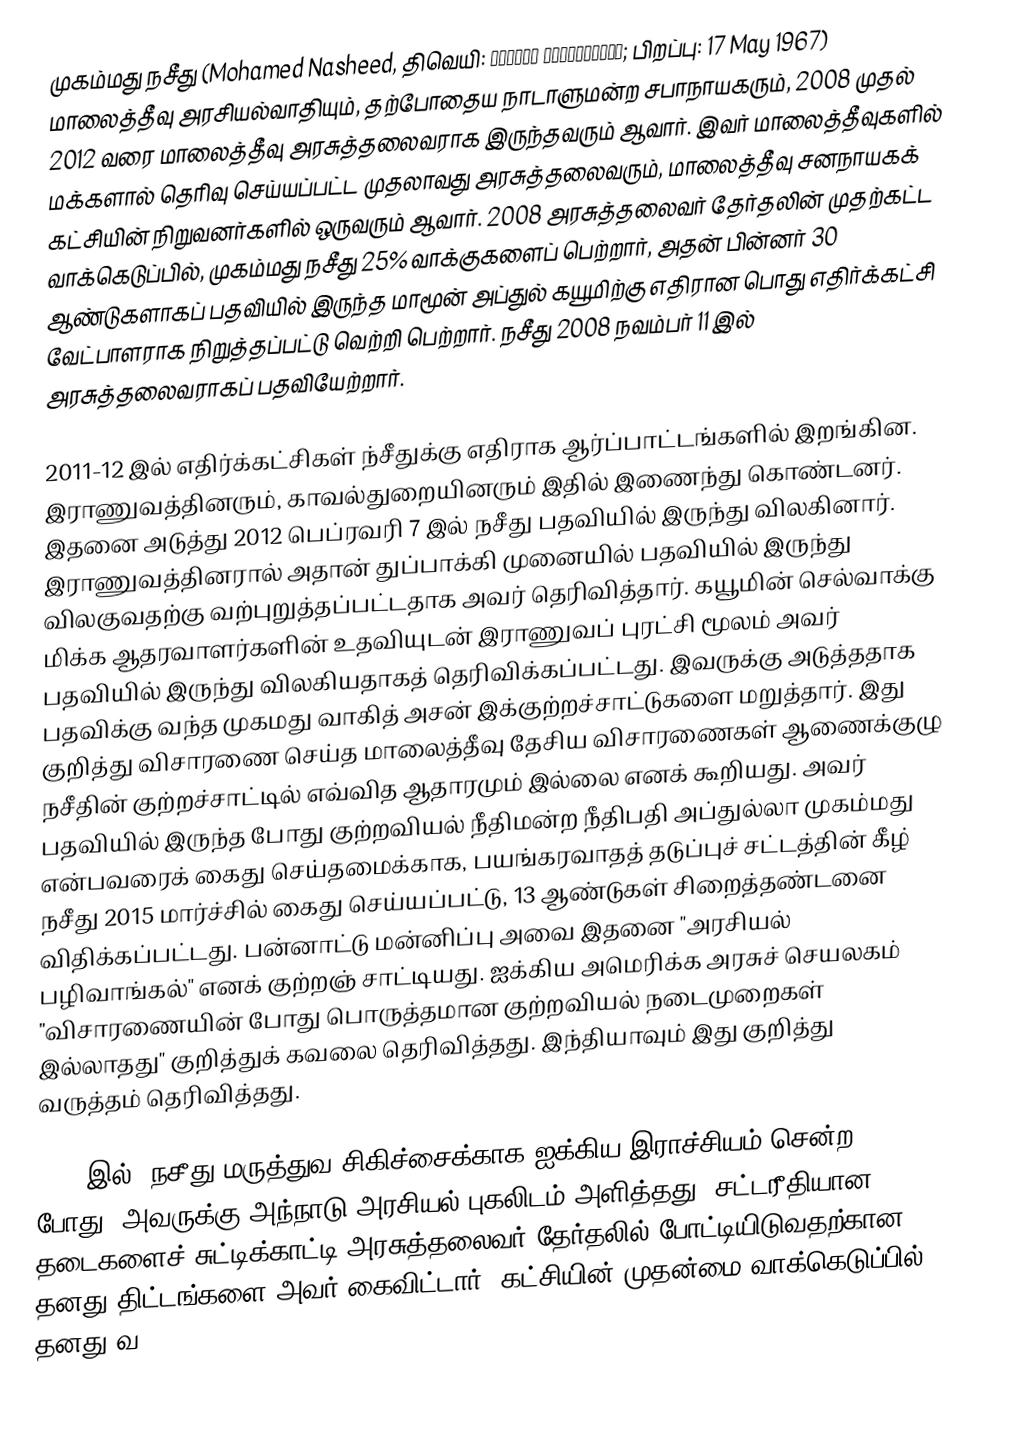
முகம்மது நசீது (Mohamed Nasheed, திவெயி: މުހައްމަދު  ނަޝީދު; பிறப்பு: 17 May 1967) மாலைத்தீவு அரசியல்வாதியும், தற்போதைய நாடாளுமன்ற சபாநாயகரும், 2008 முதல் 2012 வரை மாலைத்தீவு அரசுத்தலைவராக இருந்தவரும் ஆவார். இவர் மாலைத்தீவுகளில் மக்களால் தெரிவு செய்யப்பட்ட முதலாவது அரசுத்தலைவரும், மாலைத்தீவு சனநாயகக் கட்சியின் நிறுவனர்களில் ஒருவரும் ஆவார். 2008 அரசுத்தலைவர் தேர்தலின் முதற்கட்ட வாக்கெடுப்பில், முகம்மது நசீது 25% வாக்குகளைப் பெற்றார், அதன் பின்னர் 30 ஆண்டுகளாகப் பதவியில் இருந்த மாமூன் அப்துல் கயூமிற்கு எதிரான பொது எதிர்க்கட்சி வேட்பாளராக நிறுத்தப்பட்டு வெற்றி பெற்றார். நசீது 2008 நவம்பர் 11 இல் அரசுத்தலைவராகப் பதவியேற்றார்.

2011-12 இல் எதிர்க்கட்சிகள் ந்சீதுக்கு எதிராக ஆர்ப்பாட்டங்களில் இறங்கின. இராணுவத்தினரும், காவல்துறையினரும் இதில் இணைந்து கொண்டனர். இதனை அடுத்து 2012 பெப்ரவரி 7 இல் நசீது பதவியில் இருந்து விலகினார். இராணுவத்தினரால் அதான் துப்பாக்கி முனையில் பதவியில் இருந்து விலகுவதற்கு வற்புறுத்தப்பட்டதாக அவர் தெரிவித்தார். கயூமின் செல்வாக்கு மிக்க ஆதரவாளர்களின் உதவியுடன் இராணுவப் புரட்சி மூலம் அவர் பதவியில் இருந்து விலகியதாகத் தெரிவிக்கப்பட்டது. இவருக்கு அடுத்ததாக பதவிக்கு வந்த முகமது வாகித் அசன் இக்குற்றச்சாட்டுகளை மறுத்தார். இது குறித்து விசாரணை செய்த மாலைத்தீவு தேசிய விசாரணைகள் ஆணைக்குழு நசீதின் குற்றச்சாட்டில் எவ்வித ஆதாரமும் இல்லை எனக் கூறியது. அவர் பதவியில் இருந்த போது குற்றவியல் நீதிமன்ற நீதிபதி அப்துல்லா முகம்மது என்பவரைக் கைது செய்தமைக்காக, பயங்கரவாதத் தடுப்புச் சட்டத்தின் கீழ் நசீது 2015 மார்ச்சில் கைது செய்யப்பட்டு, 13 ஆண்டுகள் சிறைத்தண்டனை விதிக்கப்பட்டது. பன்னாட்டு மன்னிப்பு அவை இதனை "அரசியல் பழிவாங்கல்" எனக் குற்றஞ் சாட்டியது. ஐக்கிய அமெரிக்க அரசுச் செயலகம் "விசாரணையின் போது பொருத்தமான குற்றவியல் நடைமுறைகள் இல்லாதது" குறித்துக் கவலை தெரிவித்தது. இந்தியாவும் இது குறித்து வருத்தம் தெரிவித்தது.

2016 இல், நசீது மருத்துவ சிகிச்சைக்காக ஐக்கிய இராச்சியம் சென்ற போது, அவருக்கு அந்நாடு அரசியல் புகலிடம் அளித்தது. சட்டரீதியான தடைகளைச் சுட்டிக்காட்டி அரசுத்தலைவர் தேர்தலில் போட்டியிடுவதற்கான தனது திட்டங்களை அவர் கைவிட்டார். கட்சியின் முதன்மை வாக்கெடுப்பில் தனது வ